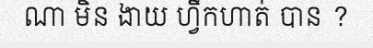
ណា មិន ងាយ ហ្វឹកហាត់ បាន ?